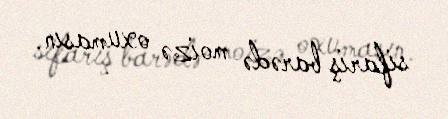
sifariş barədə moizə oxumasın.